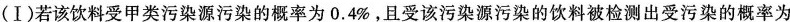
污染相互独立。(Ⅰ)若该饮料受甲类污染源污染的概率为0.4%，且受该污染源污染的饮料被检测出受污染的概率为